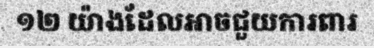
១២ យ៉ាងដែលអាចជួយការពារ